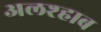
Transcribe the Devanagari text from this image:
अलश्हाब